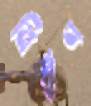
নির্ঘৃণ